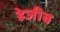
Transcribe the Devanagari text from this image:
हेजीब